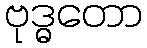
ဗုဒ္ဓတော